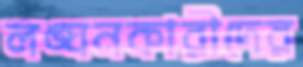
লঙ্ঘনকারীদের